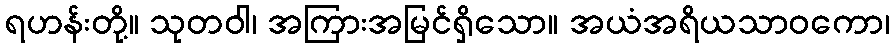
ရဟန်းတို့။ သုတဝါ၊ အကြားအမြင်ရှိသော။ အယံအရိယသာဝကော၊